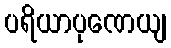
ပရိယာပုဏေယျ